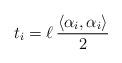
LaTeX: \begin{align*}t_{i}=\ell \,\frac{\left\langle \alpha _{i},\alpha _{i}\right\rangle }{2}\end{align*}